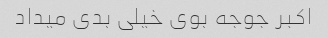
اکبر جوجه بوی خیلی بدی میداد